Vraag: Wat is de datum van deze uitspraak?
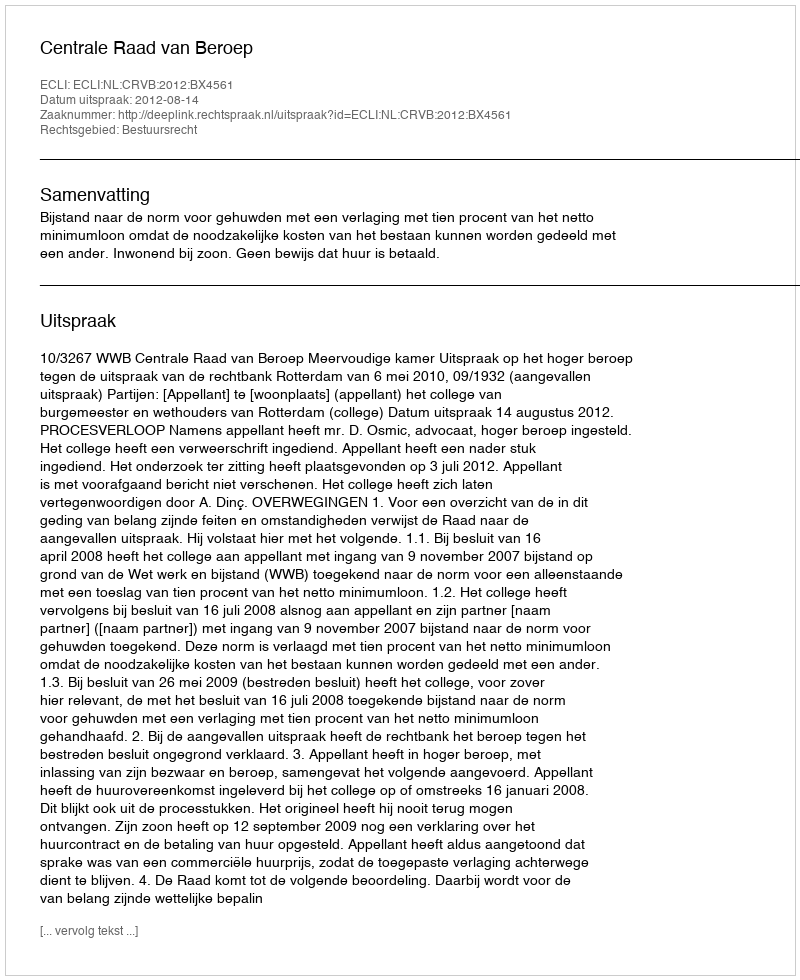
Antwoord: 2012-08-14